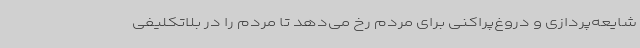
شایعه‌پردازی و دروغ‌پراکنی برای مردم رخ می‌دهد تا مردم را در بلاتکلیفی